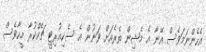
އެހެންނަމަވެސް އޭނާ އެ މެޝިން ތެރެއަށް ވަނުން އެ ސެކިއުރިޓީ ޗެކްކުރާ މީހާވެސް